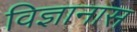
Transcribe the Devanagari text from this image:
विज्ञानास